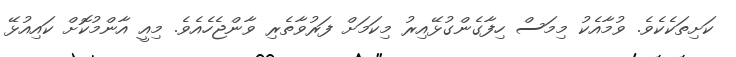
ކަށިތަކެކެވެ. ވުމާއެކު މިމަސް ހިފާގެންގުޅޭއިރު މިކަމަށް ފަރުވާތެރި ވާންޖެހެއެވެ. މިއީ އާންމުކޮށް ކައިއުޅޭ